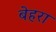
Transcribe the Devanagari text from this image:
बेहरा